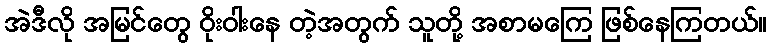
အဲဒီလို အမြင်တွေ ဝိုးဝါးနေ တဲ့အတွက် သူတို့ အစာမကြေ ဖြစ်နေကြတယ်။